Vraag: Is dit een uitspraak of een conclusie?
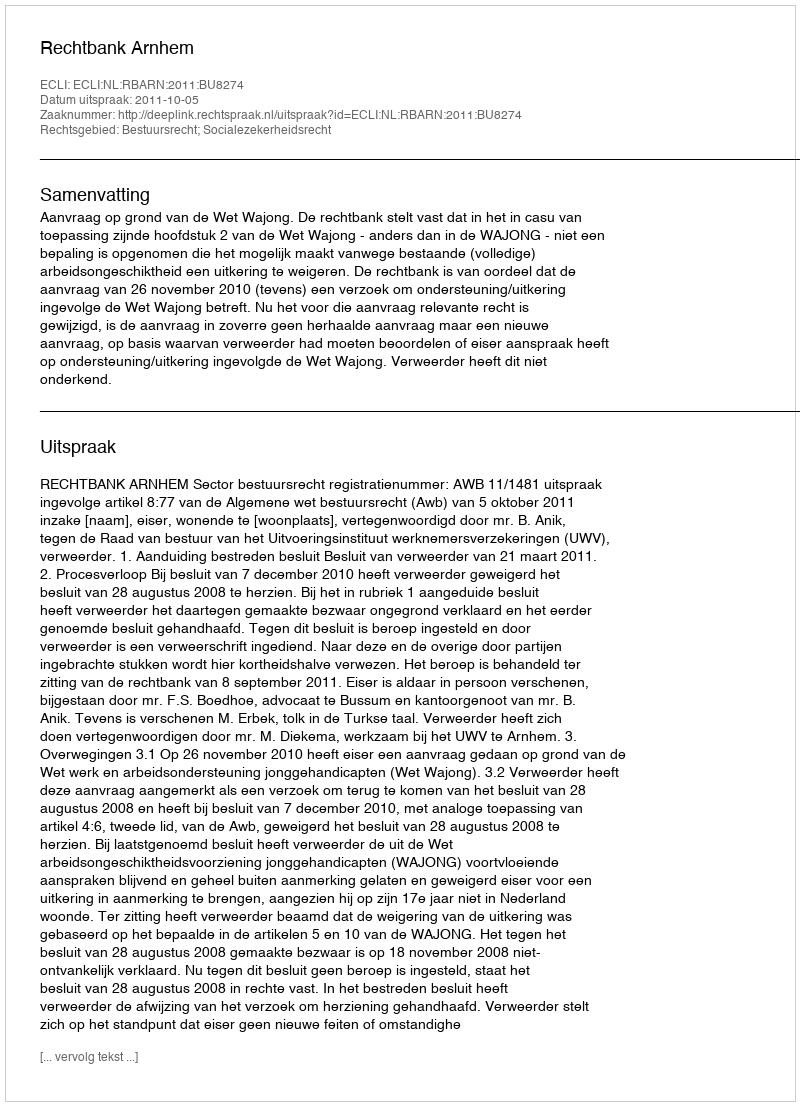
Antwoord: Uitspraak